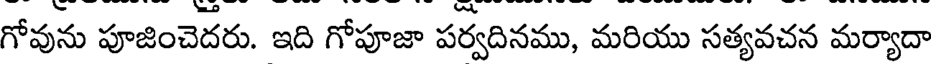
గోవును పూజించెదరు. ఇది గోపూజా పర్వదినము, మరియు సత్యవచన మర్యాదా